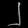
Digit: ၂